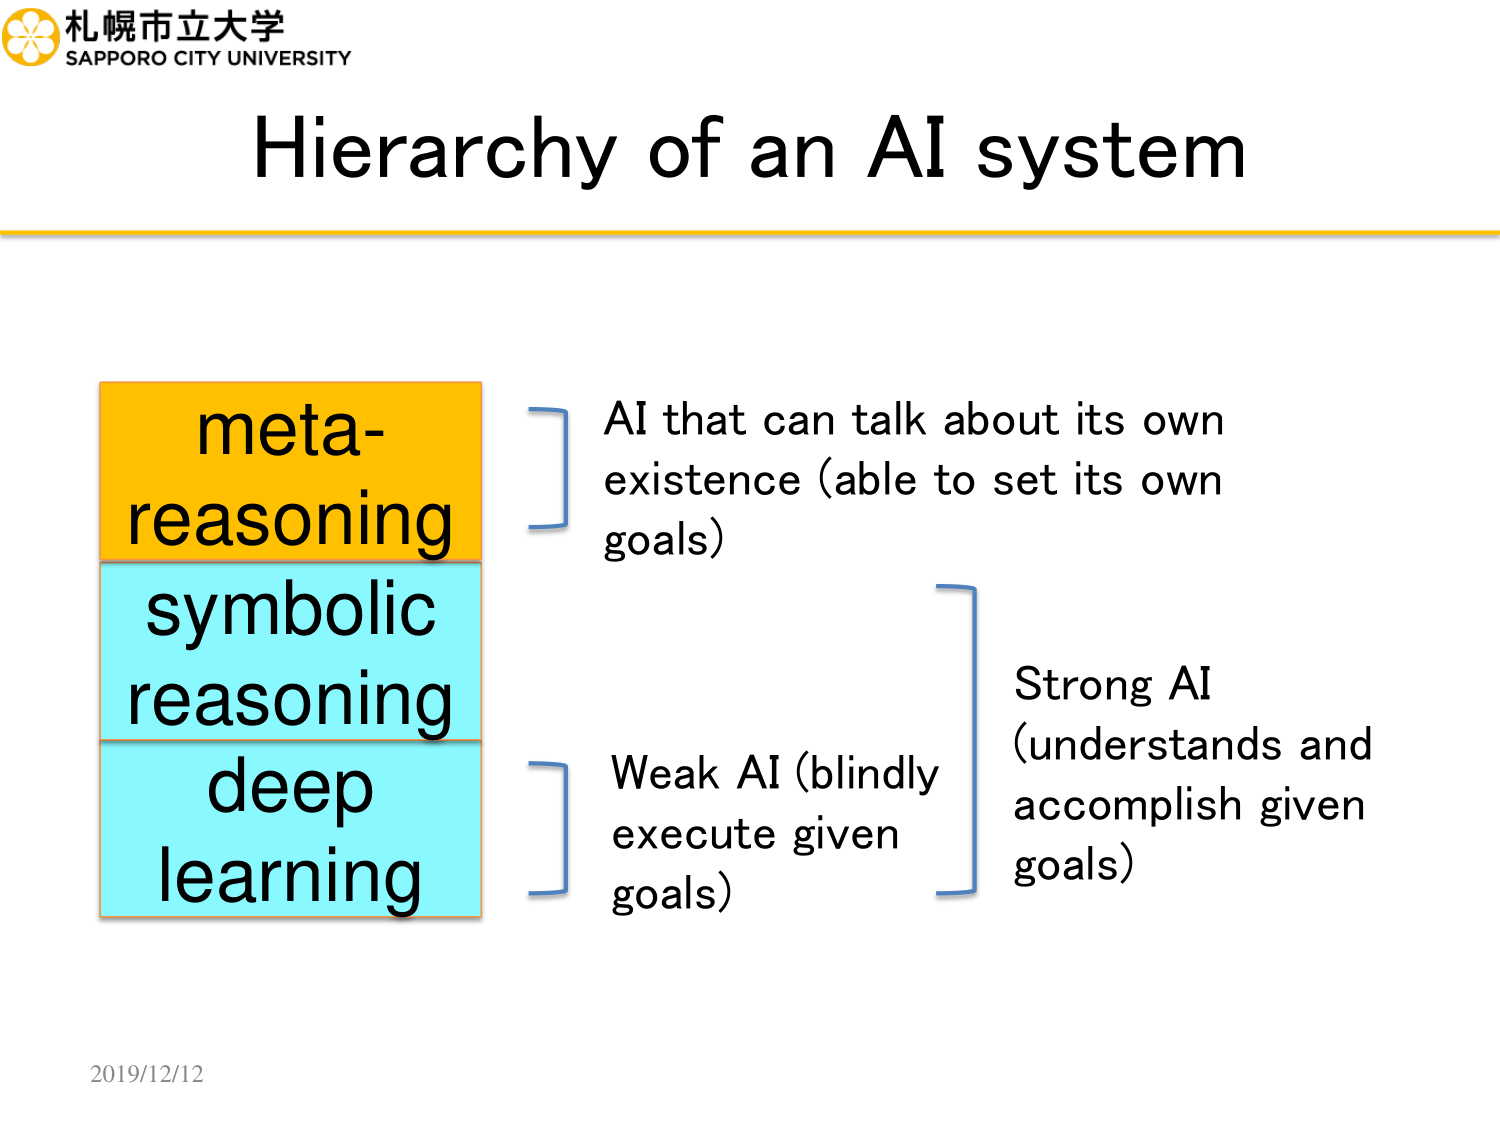
札幌市立大学
SAPPORO CITY UNIVERSITY
Hierarchy of an AI system
meta-reasoning
symbolic reasoning
deep learning
AI that can talk about its own existence (able to set its own goals)
Weak AI (blindly execute given goals)
Strong AI (understands and accomplish given goals)
2019/12/12